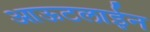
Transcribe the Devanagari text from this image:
आऊटलाईन